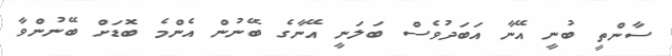
ސާންތީ ބުނީ އޭނާ އަބަދުވެސް ބަލަނީ އޭނާގެ ބޭނުން އެންމެ ބޮޑަށް ބޭނުންވާ